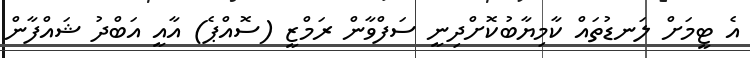
އެ ޓީމަށް ލަނޑުތައް ކާމިޔާބުކޮށްދިނީ ސަފްވާން ރަމްޒީ (ސޮއްޕެ) އާއީ އަބްދު ޝައްފާން